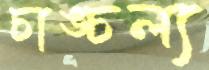
চাঙ্চল্য